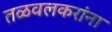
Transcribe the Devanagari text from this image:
तळवलकरांना